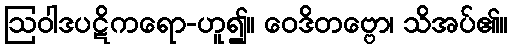
ဩဝါဒပဋိကရော-ဟူ၍။ ဝေဒိတဗ္ဗော၊ သိအပ်၏။